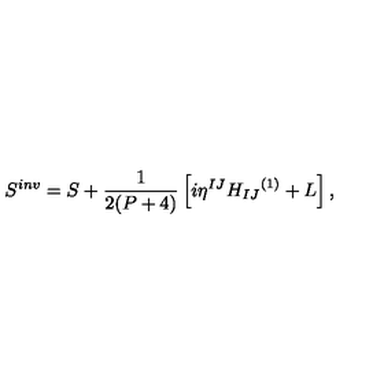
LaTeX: S ^ { i n v } = S + \frac { 1 } { 2 ( P + 4 ) } \left[ i { \eta } ^ { I J } { H _ { I J } } ^ { ( 1 ) } + L \right] ,